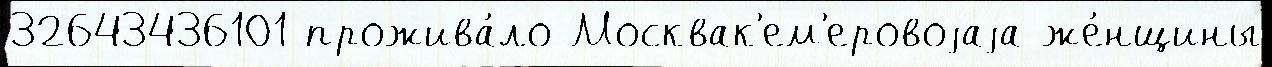
32643436101 прожива́ло Москвак'ем'еровоjаjа же́нщины